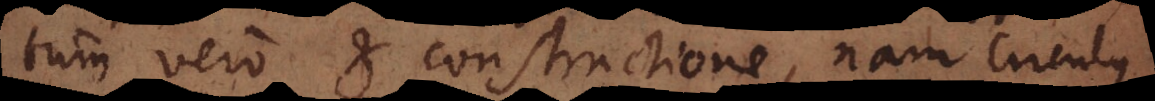
tum vero et constructione, nam Circulus